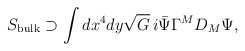
\begin{align*}S_{\rm bulk}\supset \int dx^4dy\sqrt{G}\,i\bar{\Psi}\Gamma^MD_M\Psi,\end{align*}